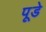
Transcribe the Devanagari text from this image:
पूडे